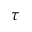
\tau